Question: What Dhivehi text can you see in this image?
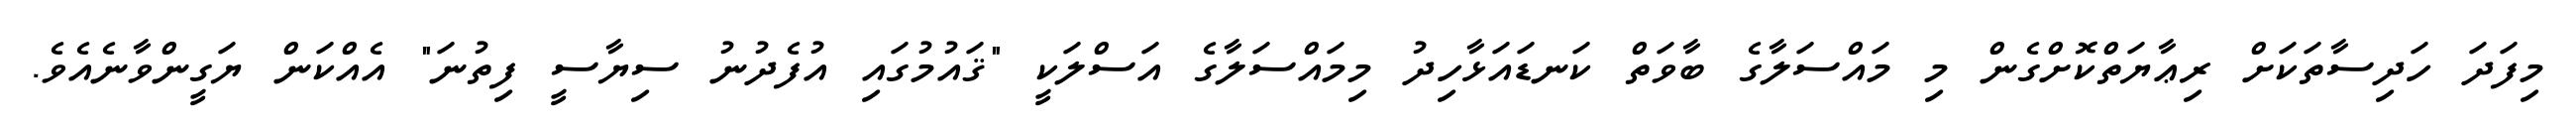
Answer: މިފަދަ ހަދިސާތަކަށް ރިޢާޔަތްކޮށްގެން މި މައްސަލާގެ ބާވަތް ކަނޑައަޅާހިދު މިމައްސަލާގެ އަސްލަކީ "ޤައުމުގައި އުފެދުނު ސިޔާސީ ފިތުނަ" އެއްކަން ޔަގީންވާނެއެވެ.